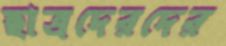
ছাত্রদেরদের